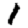
Digit: 1